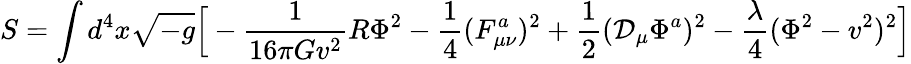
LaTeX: S=\int d^{4}x\sqrt{-g}\Big[-{\frac{1}{16\pi Gv^{2}}}R\Phi^{2}-{\frac{1}{4}}(F_{\mu\nu}^{a})^{2}+{\frac{1}{2}}({\cal D}_{\mu}\Phi^{a})^{2}-{\frac{\lambda}{4}}(\Phi^{2}-v^{2})^{2}\Big]